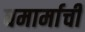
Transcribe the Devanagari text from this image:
धमार्माची